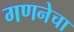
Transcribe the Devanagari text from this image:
गणनेचा